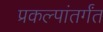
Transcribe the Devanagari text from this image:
प्रकल्पांतर्गंत